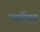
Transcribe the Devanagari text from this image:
पार्लेकर